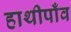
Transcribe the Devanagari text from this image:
हाथीपाँव